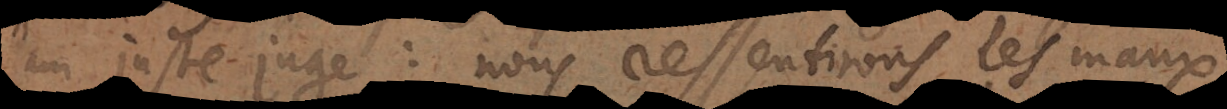
un juste juge: nous ressentirons les maux